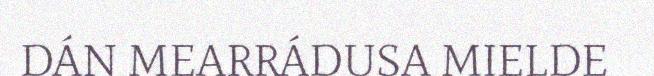
DÁN MEARRÁDUSA MIELDE